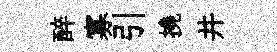
醉寡引撓井